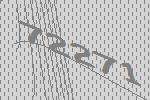
72271